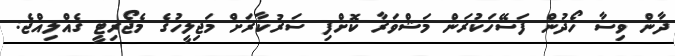
ދާން ވިސާ ހޯދުން ފަސޭހަކުރަން މަޝްވަރާ ކޮށްފި ސަރުކާރަށް މަޖިލީހުގެ މެޖޯރިޓީ ގެއްލިއްޖެ: